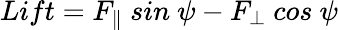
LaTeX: Lift=F_{\parallel}\ sin\ \psi-F_{\bot}\ cos\ \psi